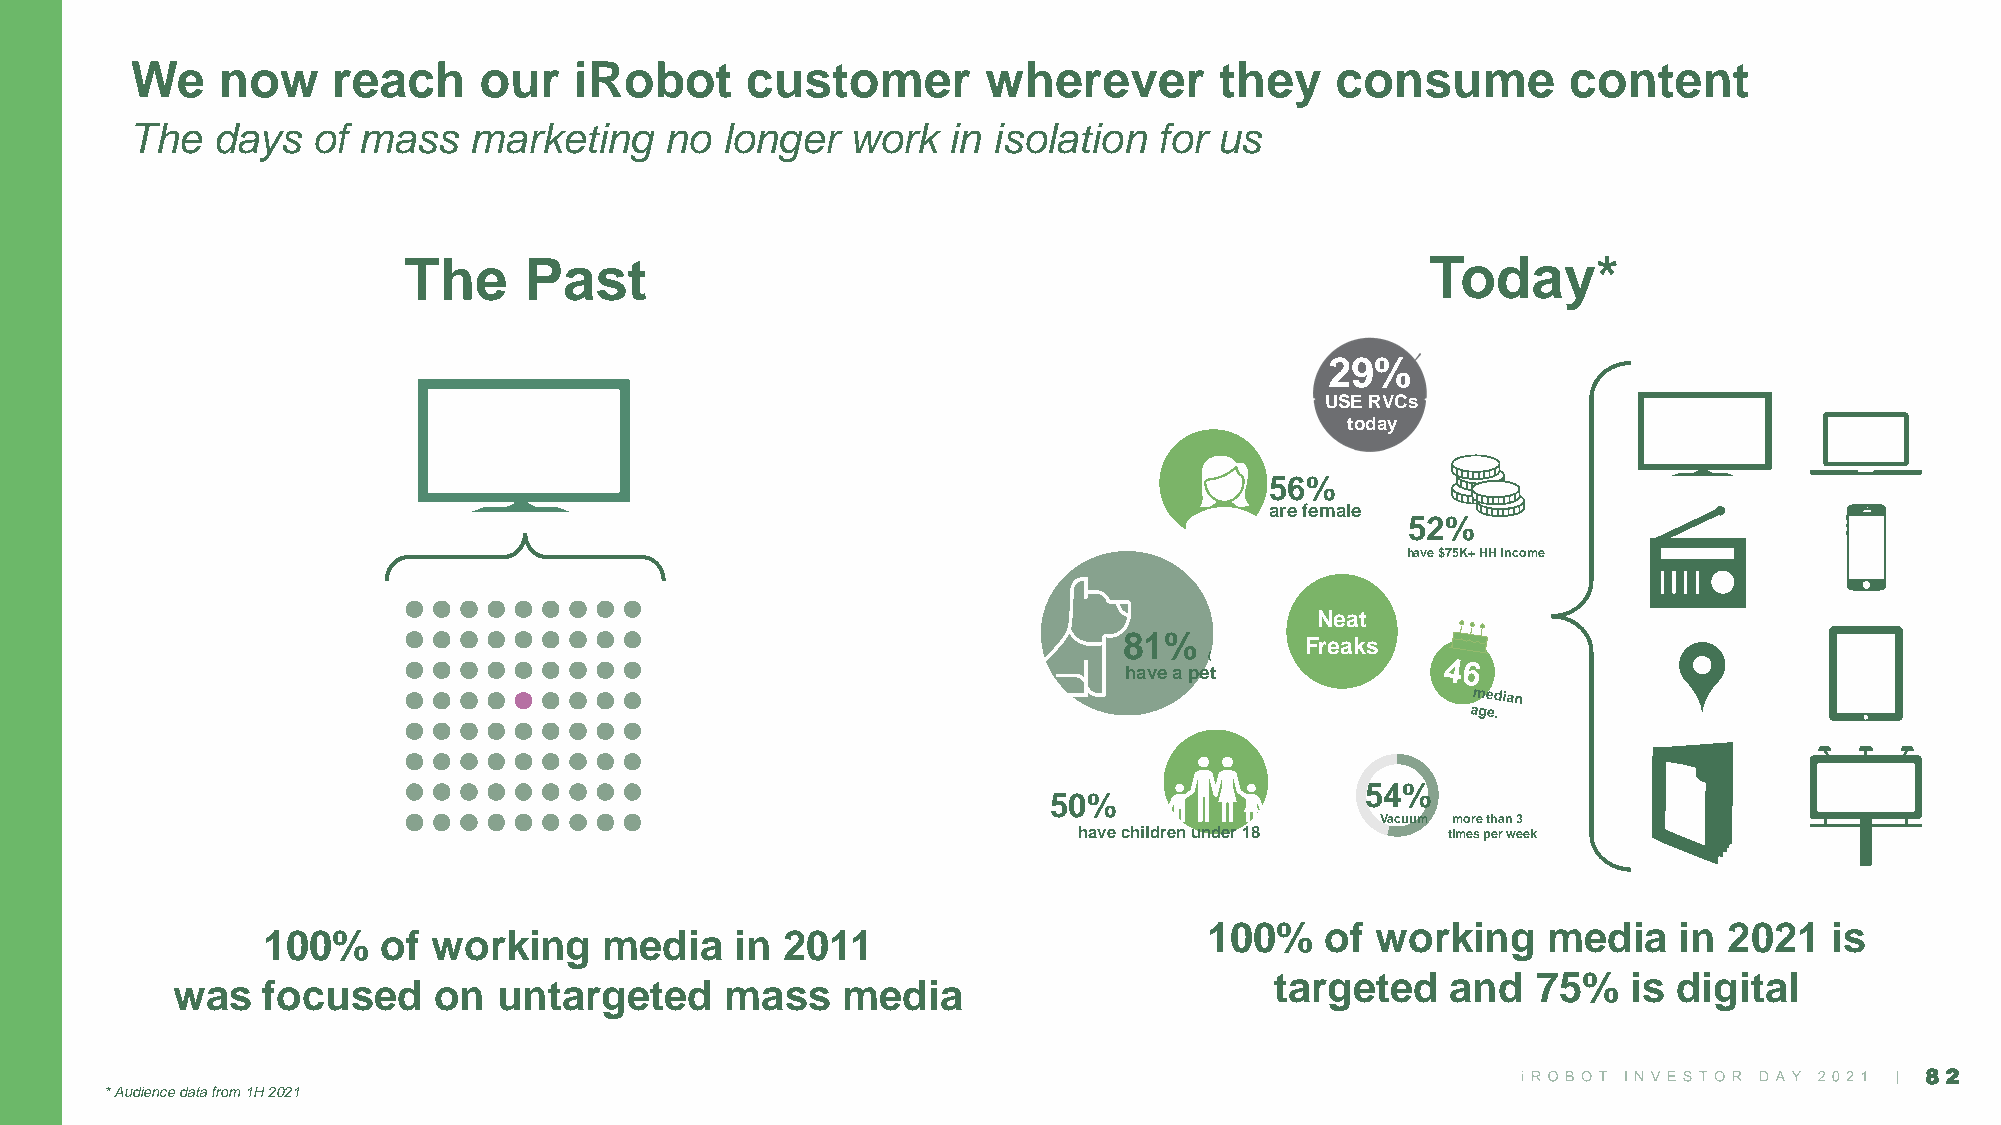
We   now     reach     our   iRobot     customer        wherever        they   consume         content
 The  days   of mass   marketing    no  longer  work   in isolation  for us
 The     Past                                                        Today*
 29%
 USE RVCs
 today
 56%
 are female
 52%
 have $75K+ HH income
 Neat
 81%
 Freaks
 (
 have a pet
 54%
 50%
 Vacuum more than 3
 have children under 18   times per week
 100%    of working    media    in 2021   is
 100%    of  working    media    in 2011
 targeted    and   75%   is digital
 was   focused     on  untargeted     mass    media
 82
 * Audience data from 1H 2021